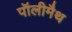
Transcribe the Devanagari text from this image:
पॉलीमैथ